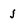
Character: j